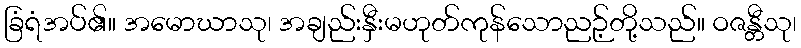
ခြံရံအပ်၏။ အမောဃာသု၊ အချည်းနှီးမဟုတ်ကုန်သောညဉ့်တို့သည်။ ဝဇန္တီသု၊